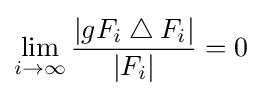
\lim _{i\to \infty }{\frac {|gF_{i}\mathbin {\triangle } F_{i}|}{|F_{i}|}}=0